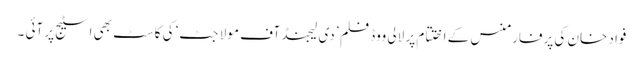
فواد خان کی پرفارمنس کے اختتام پر لالی ووڈ فلم ’ دی لیجنڈ آف مولا جٹ‘ کی کاسٹ بھی اسٹیج پر آئی ۔